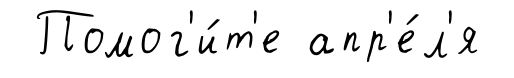
Помог'и́т'е апр'е́л'я